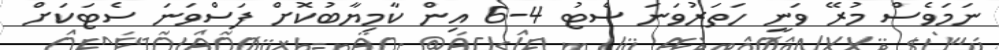
ނަމަވެސް މުރޭ ވަނީ ހަތަރުވަނަ ސެޓު 4-6 އިން ކާމިޔާބުކޮށް ފަސްވަނަ ސެޓަކަށް